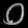
Digit: ၀